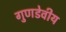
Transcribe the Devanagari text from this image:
गुणडेवीय